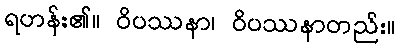
ရဟန်း၏။ ဝိပဿနာ၊ ဝိပဿနာတည်း။